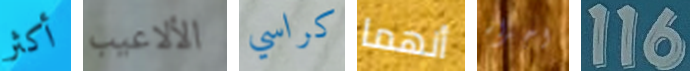
أكثر الألاعيب كراسي أنهما اجراء 116